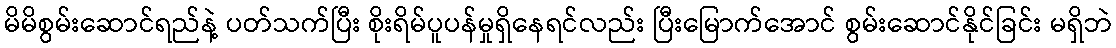
မိမိစွမ်းဆောင်ရည်နဲ့ ပတ်သက်ပြီး စိုးရိမ်ပူပန်မှုရှိနေရင်လည်း ပြီးမြောက်အောင် စွမ်းဆောင်နိုင်ခြင်း မရှိဘဲ